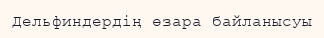
Дельфиндердің өзара байланысуы